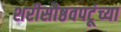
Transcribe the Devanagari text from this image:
शरीसौष्ठवपटूंच्या